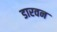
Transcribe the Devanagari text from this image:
डारवन